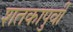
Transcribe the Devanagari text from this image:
शतकापुर्वी